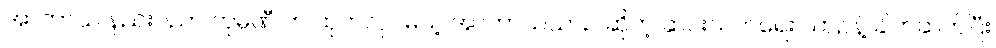
အာကာသ နည်းပညာ ကုမ္ပဏီ က ထုတ်လုပ်မယ့် အာကာသယာဉ် ဆိုတဲ့ ဆင်းသက်ရေး ယာဉ်နဲ့ ချိတ်ဆက်ပြီး